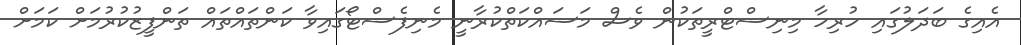
އެއިގެ ބަދަލުގައި ހުރިހާ މިނިސްޓްރީތަކުން ވެސް މަސައްކަތްކުރާނީ މެނިފެސްޓޯގައިވާ ކަންތައްތައް ތަންފީޒުކުރުމަށް ކަމަށް